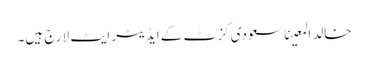
خالد المعینا سعودی گزٹ کے ایڈیٹر ایٹ لارج ہیں۔